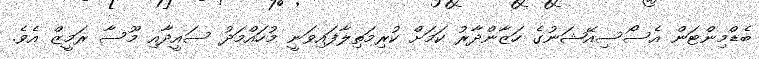
ބެޑްމިންޓަން އެސޯސިއޭޝަނުގެ ހަޒާންދާރު ކަމަށް ކުރިމަތިލާފައިވަނީ މުހައްމަދު ސައީދާއި މޫސާ ރަމީޒް އެވެ.